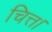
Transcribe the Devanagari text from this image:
चित्त।